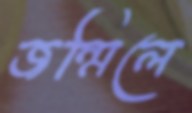
জন্মিলে